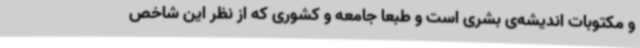
و مکتوبات اندیشه‌ی بشری است و طبعا جامعه و کشوری که از نظر این شاخص